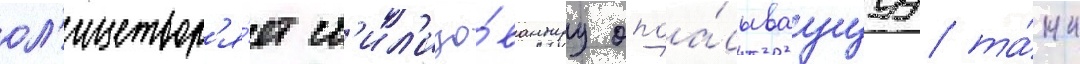
ол'ицетвор'я́ет ст'ил'изо́ваннуу опоа́сываущуу та́нк